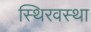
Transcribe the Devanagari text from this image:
स्थिरवस्था